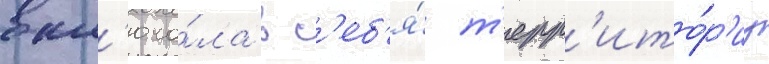
вкл'юча́ла в с'еб'я́ т'ерр'ито́р'иу